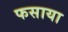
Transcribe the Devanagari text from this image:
फसाया